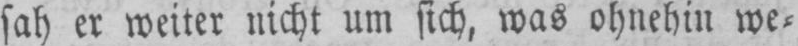
sah er weiter nicht um sich, was ohnehin we⸗